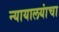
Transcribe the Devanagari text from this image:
न्यायालयांचा